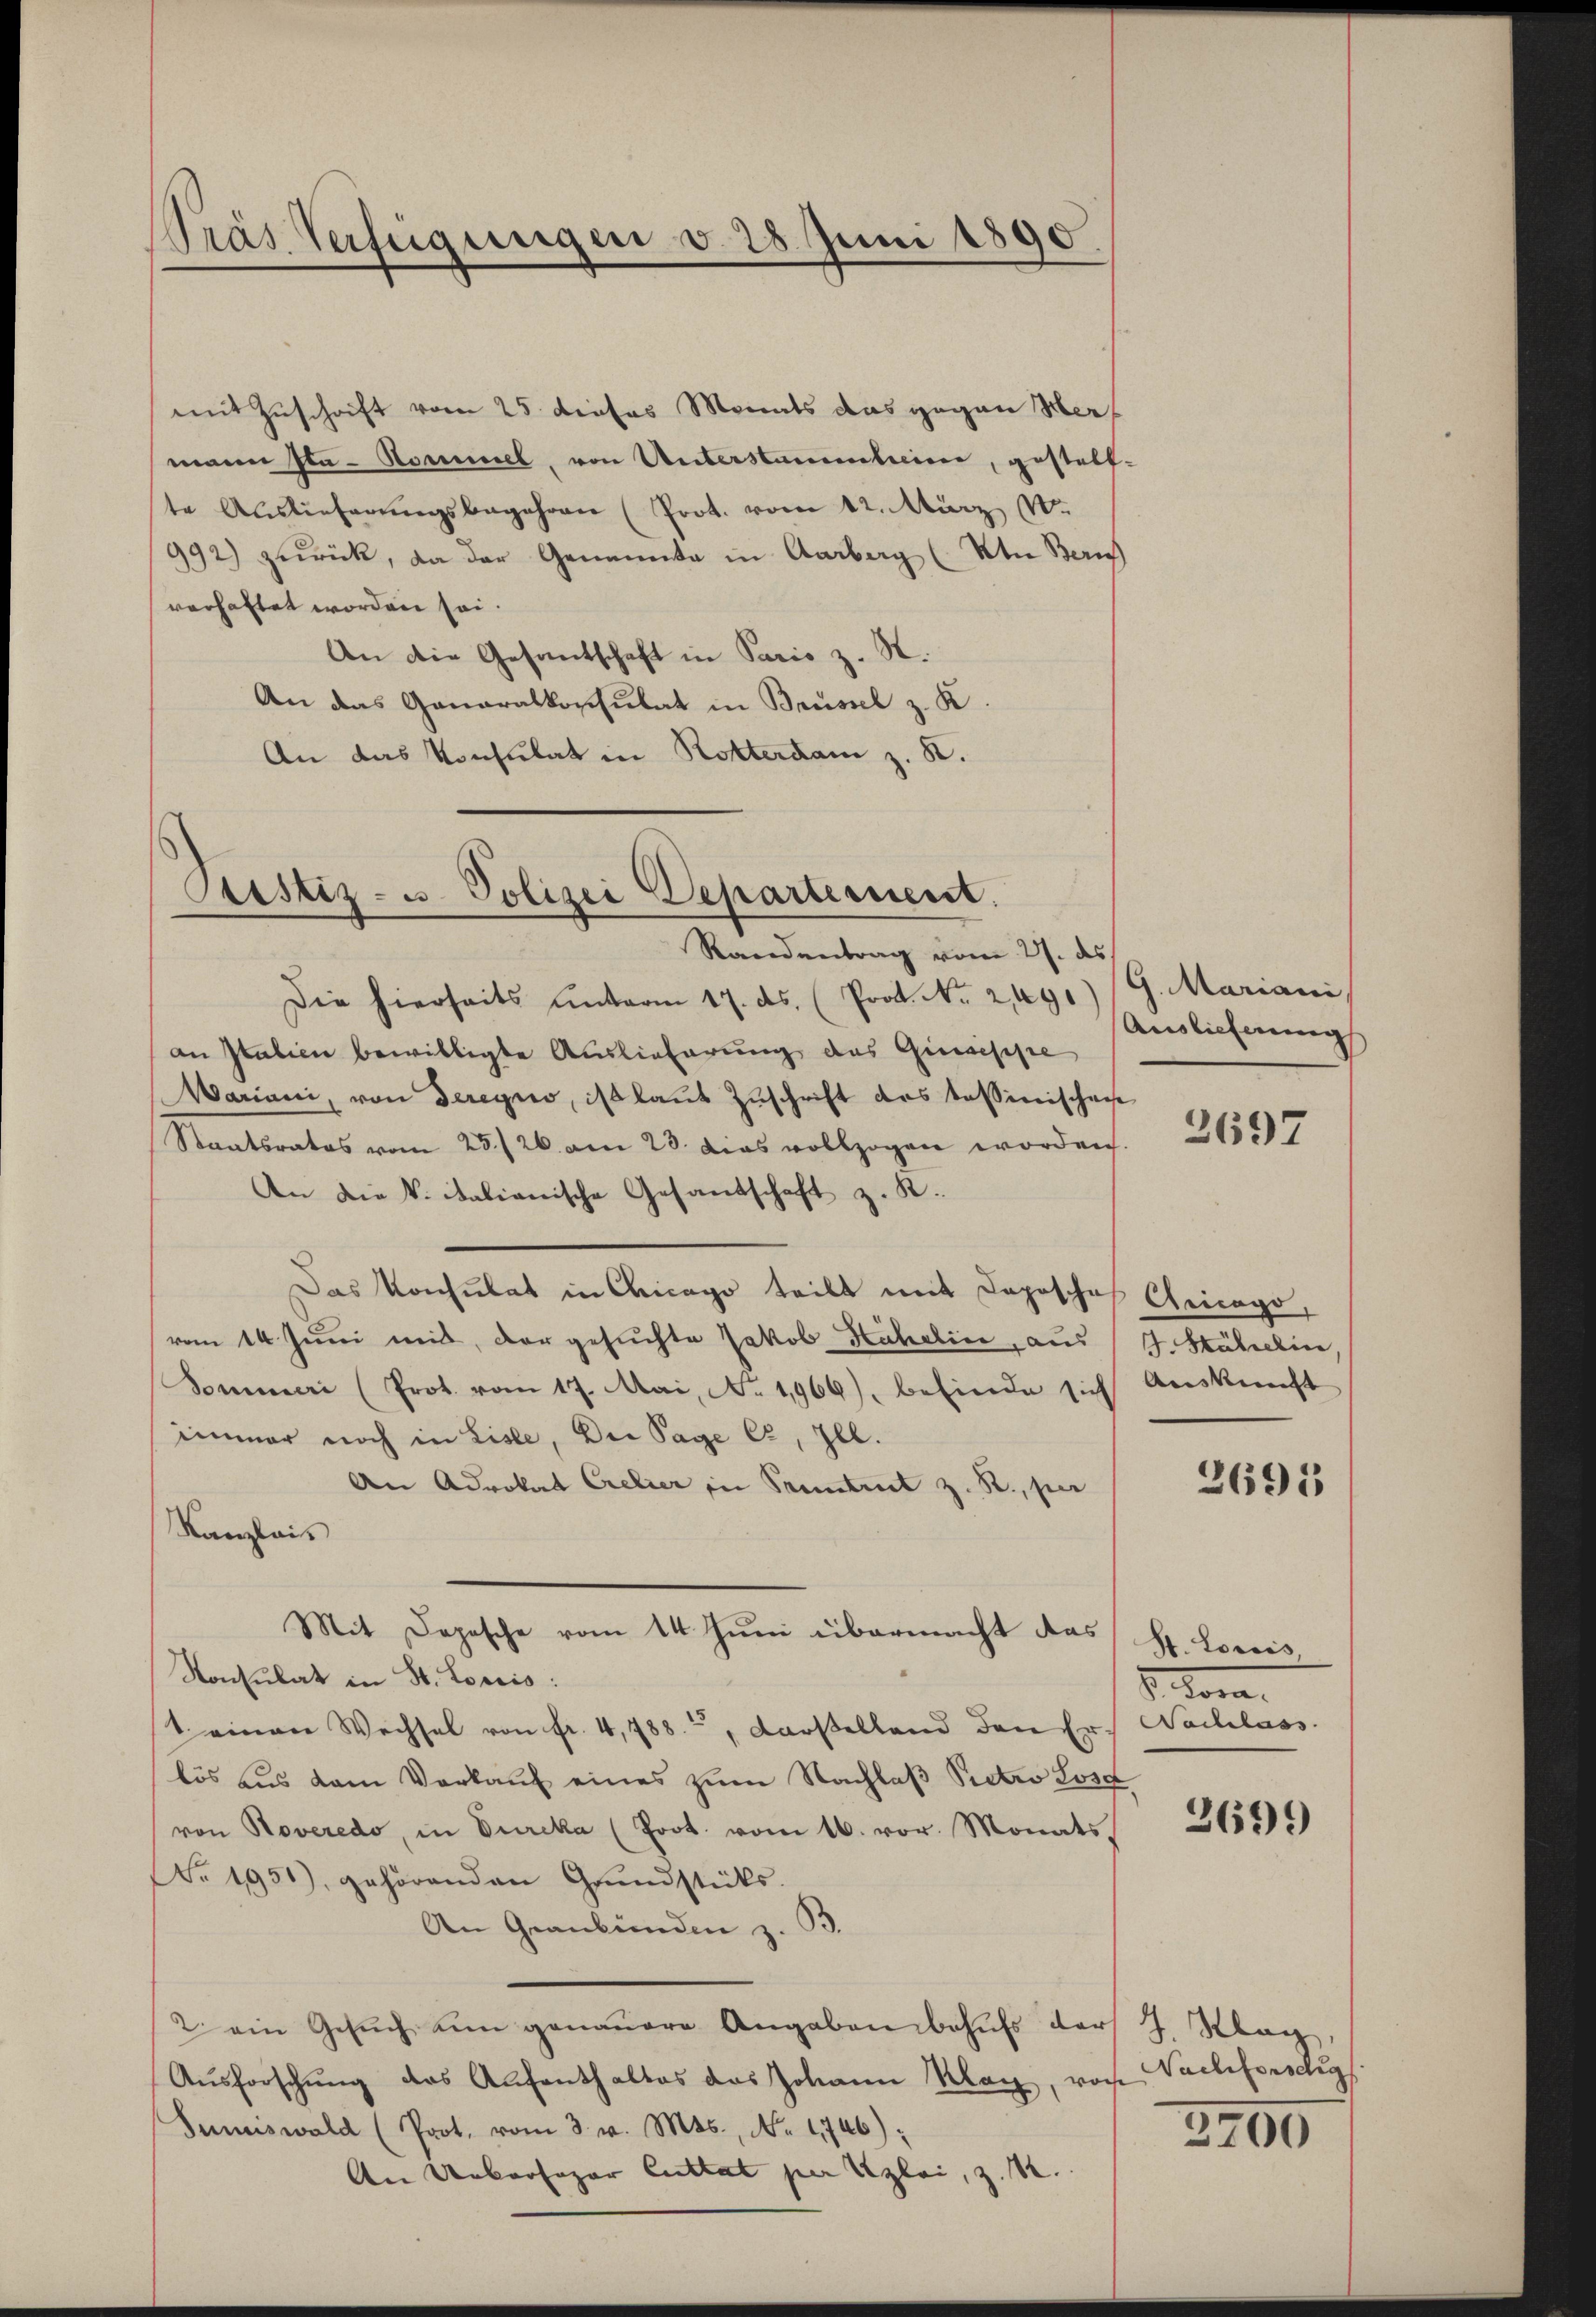
Pras Verfügungen v. 28. Juni 1890

mit Zuschrift vom 25. dieses Monats das gegen Hermann Sta-Sommel, von Unterstammheim, gestellte Auslieferŭngsbegehren (Prot. vom 12. März 18.
992) zurück, da der Genannte in Aarberg (Utn Zürich
verhaftet worden sei.
An die Gesantschaft in Paris z. S.
An das Ganaralkonsulat in Brüssel z. K.
An das Konsulat in Rotterdam z. B.

Pestiz- u. Polizei Departement.

Randentrag vom 27. ds.
Die hierseits unterm 17. ds. (Prof. No 2,491) (G. Mariani,
an Italien bewilligte Auslieferung des Quaisipe
Wariani, von deregio, ist laut Zuschrift des tessinischen
Staatsrates vom 25./26. am 23. Das vollzogen worden.
An die V. italianische Gesandschaft z. R.
Das Konsulat in Chicago teilt mit Toposches Gricago,
vom 14. Juni mit, der gesuchte Jakob Hahelin, aus J. Stähelice,
Sommer (Prot. vom 17. Mai, No. 1966), befinde sich Auskunft
immer noch in Liste, Der Tage er, Ill.
An Advokat Crelier in Prentrut z. R., per
Kanzleis
Mit Depesche vom 14. Juni übermacht das St. Loreis,
Konsulat in St. Loriis:
1 einen Wechsel von fr. 4,788., Darstelland den Ers Nachlass
lös aŭs dem Verkaŭf eines zŭm Nachlaβ Pietro Lose
von Roveredo, in Eureka (Poot. vom 16. vor. Monats,
Nr. 1951), gehörenden Grundstücks-
An Graubünden z. B.
2. ein Gesŭch um genauere Angaben behŭfs der J. Klag,
Aŭsforschŭng des Aŭfenthaltes das Johann Klar, von Vachforschig.
Sumiswald (Prot. vom 3. v. Mts., No. 1746):
An Uebersager Cuttat per Klei, z. B.

Auslieferung

3697

2691

d. Sonn

3699

3700